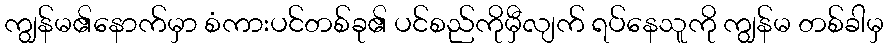
ကျွန်မ၏နောက်မှာ စံကားပင်တစ်ခု၏ ပင်စည်ကိုမှီလျက် ရပ်နေသူကို ကျွန်မ တစ်ခါမှ